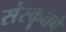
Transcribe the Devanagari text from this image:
संस्कॄतचे